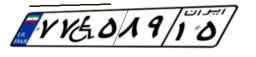
۷۷W۵۸۹۱۵